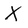
Character: X